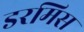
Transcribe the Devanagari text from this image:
डरमिस